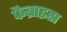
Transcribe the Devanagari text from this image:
फैब्राइस